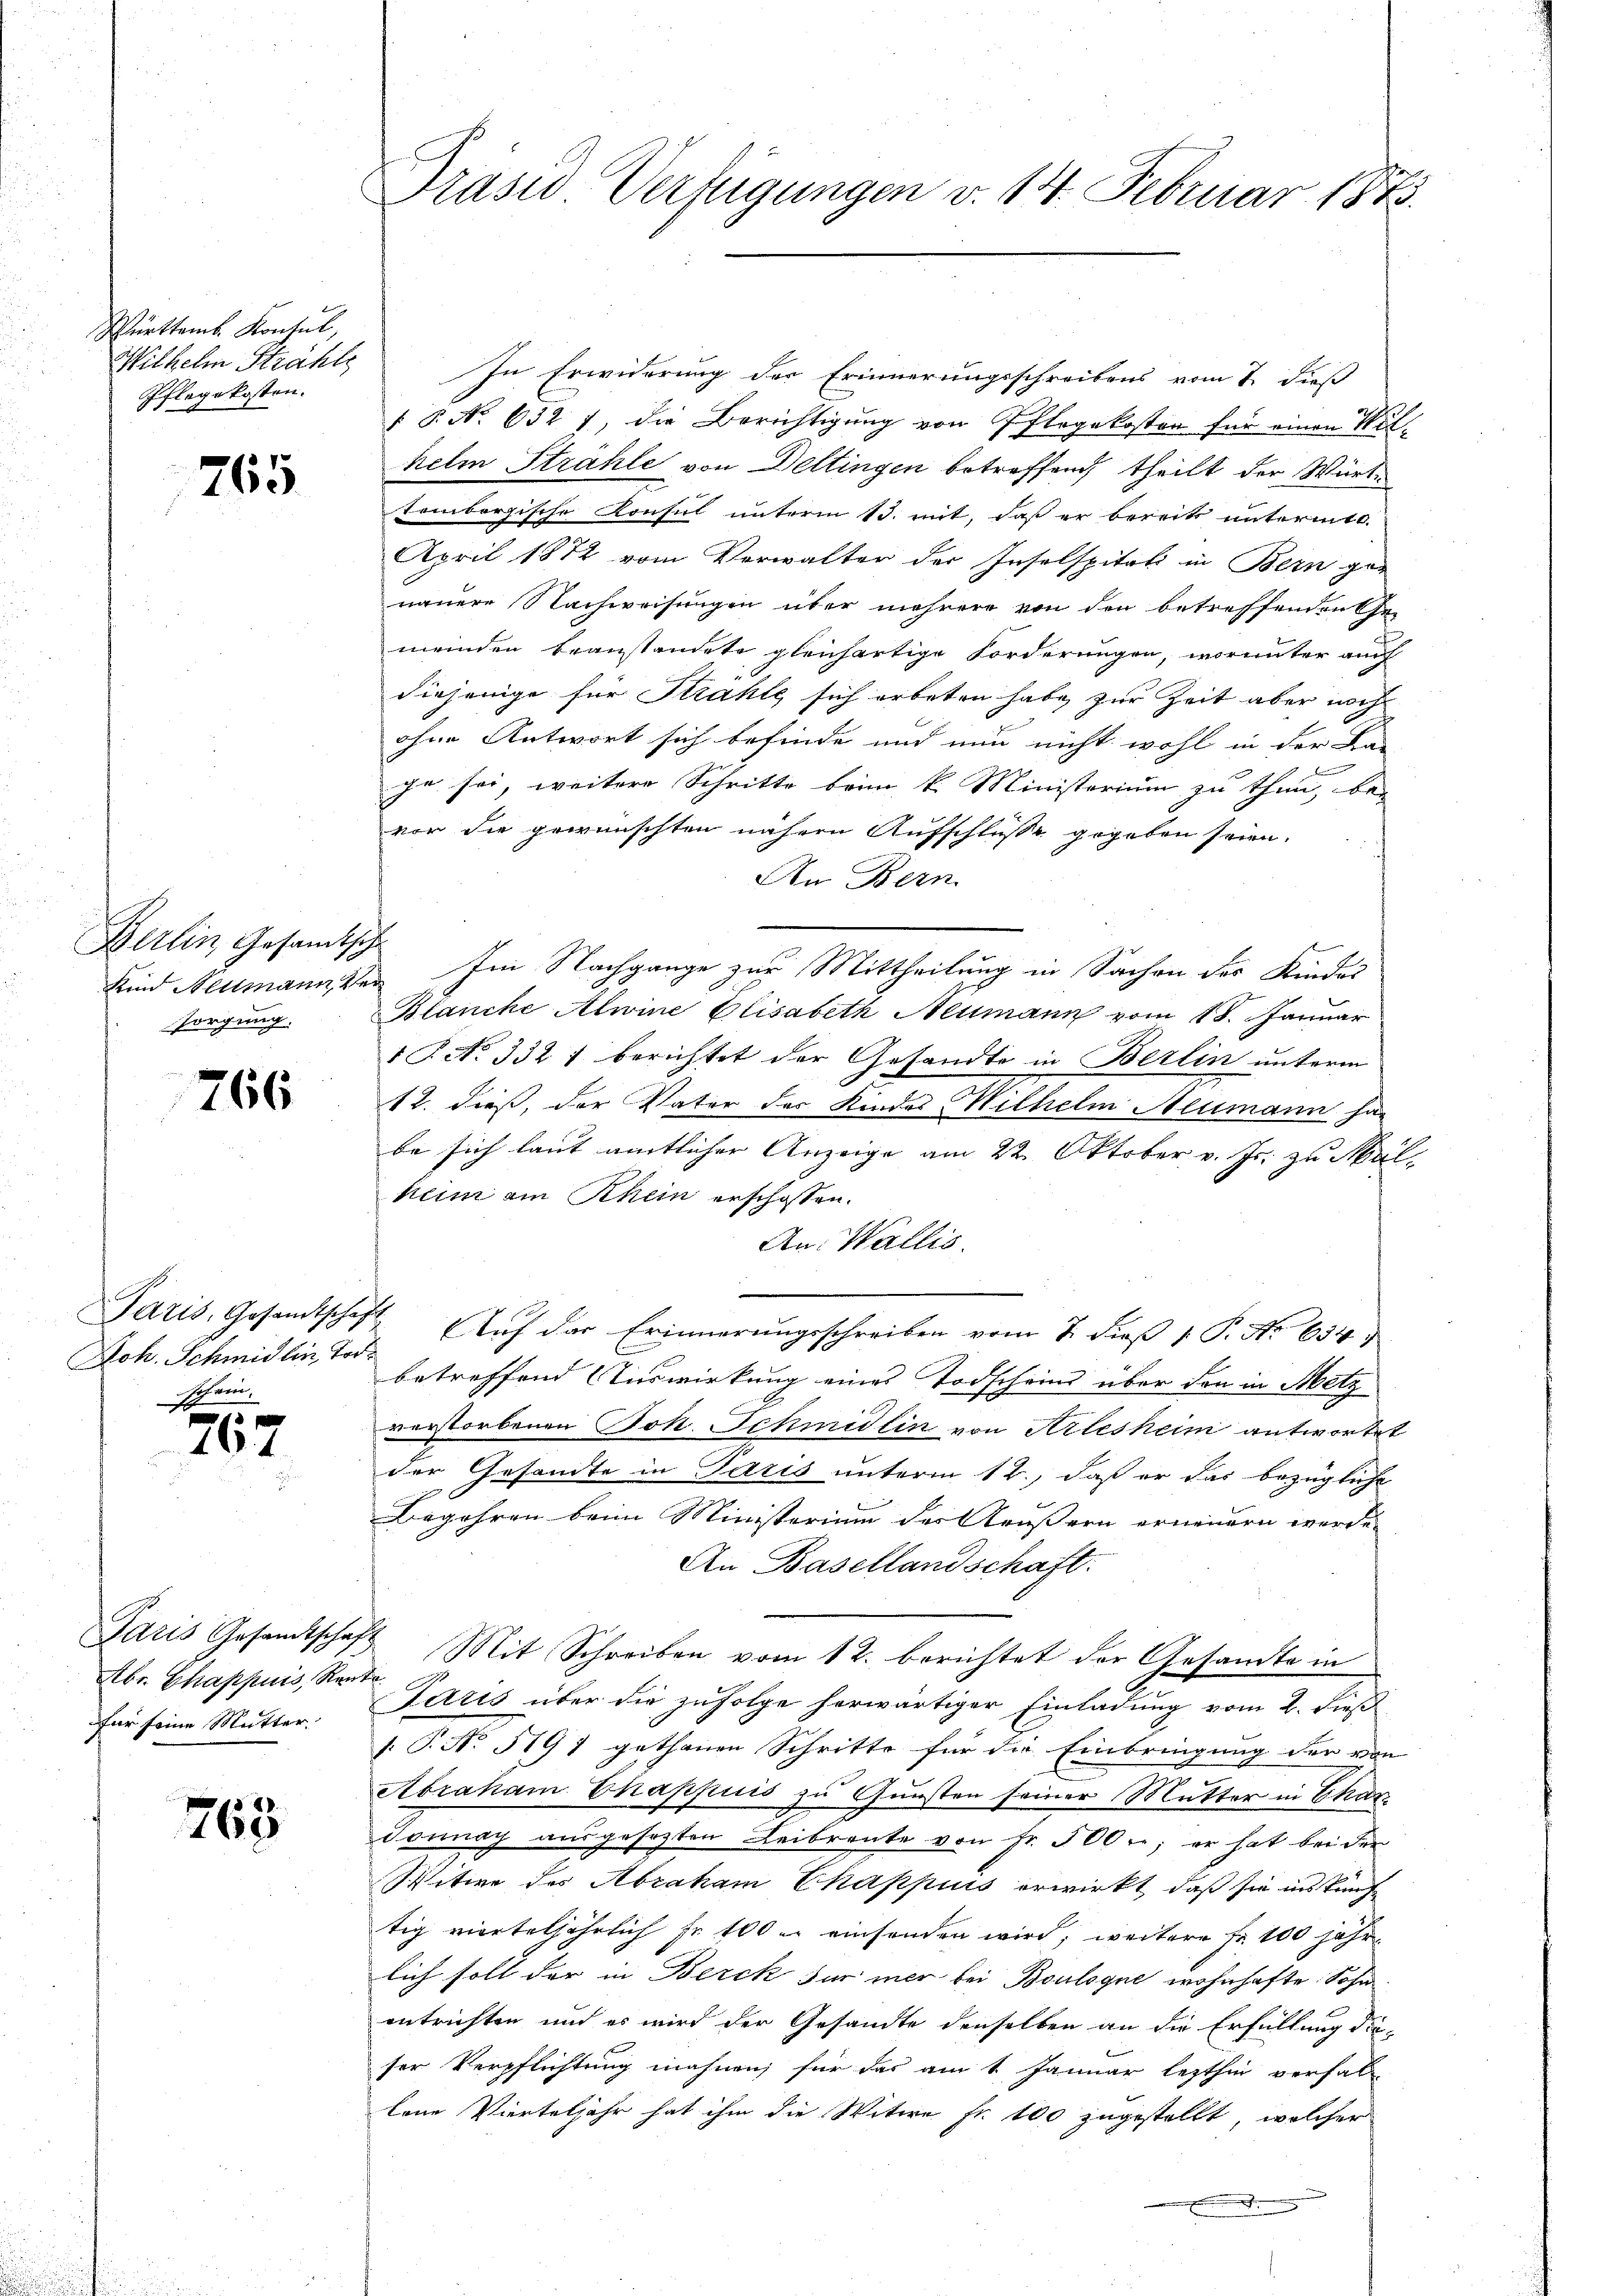
Württemb. Konsul,
Wilhelm Strahle
Pflegekosten.

765

Berlin, Gesandtsch
sorgung.

766

Joh. Schmidlin, Tod.
schwer,

E
767

Abr. Chappuis, Rent
für seine Mutter.

763

Prasis Verfügungen v. 14. Februar 1873.

In Erwiderung der Erinnerungsschreibens vom 7. dieß
 P. Nr. 632. 1, die Berichtigung von Pflegekosten für einen Mithelm Strähle von Dettingen betreffend theilt der Württembergische Konsul unterm 13. mit, daß er bereits untermte.
April 1872 vom Verwalter der Inselspitali in Bern ge-
nauere Nachweisungen über mehrere von den betreffenden Ge-
meinden beanstandete gleichartige Forderungen, worunter auch
diejenige für Strahle sich erbeten habe zur Zeit aber noch
ohne Antwort sich befinde und nun nicht wohl in der Ba-
e
che sei, weitere Schritte beim k. Ministerium zu thun, bei
vor die gewünschten nähern Aufschlusse gegeben seien.
An Bern.
Kind Neumannten Im Nachgange zur Mittheilung in Sachen des Kindes
Blanche Alwine Elisabeth Neumann vom 18. Januar
1 P. No. 332 f berichtet der Gesandte in Berlin unterm
12. dieß, der Vater des Kindes Mithelm Neumann ha
be sich laut amtlicher Anzeige am 22. Oktober v. Js. zu Mal
keim am Rhein erschossen.
An Wallis.
|
Paris, Gesandtschaft (Auf das Erinnerungsschreiben vom 7. dieβ  P. No 654.
betreffend Auswirkung eines Todscheins über den in Metz
verstorbenen Joh. Schmidlin von Arlesheim antwortet
der Gesandte in Paris unterm 12., daß er das bezügliche
Begehren beim Ministerium des Aeußern erneuern werde.
An Basellandschaft.
Paris Gesandtschaft Mit Schreiben vom 12. berichtet der Gesandte in
A
Paris über die zufolge herwärtiger Einladung vom 2. dieß
/. P. No. 5197 gethanen Schritte für die Einbringung der von
Abraham Chappuis zu Gunsten seiner Mutter in Char
Jonnay ausgesezten Leibrente von Fr. 500 f.; er hat bei der
Witwe des Abraham Chappiis erwirkt, daß sie inskünftig vierteljährlich sr 100 u. einsonden wird; weitere Fr. 100 jähr
lich soll der in Berck für mer bei Boulogne wohnhafte Sohn
entrichten und es wird der Gesandte denselben an die Erfüllung die-
ser Verpflichtung mahnen; für das am 1 Januar lezthin verfall
lene Vierteljahr hat ihm die Witwe Fr. 100 zugestellt, welcher